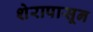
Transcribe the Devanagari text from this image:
शेरापासून